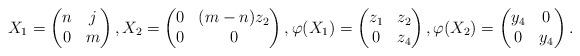
LaTeX: \begin{align*}X_1=\begin{pmatrix}n&j\cr0&m\end{pmatrix},X_2=\begin{pmatrix}0&(m-n)z_2\cr0&0\end{pmatrix},\varphi(X_1)=\begin{pmatrix}z_1&z_2\cr0&z_4\end{pmatrix},\varphi(X_2)=\begin{pmatrix}y_4&0\cr0&y_4\end{pmatrix}.\end{align*}